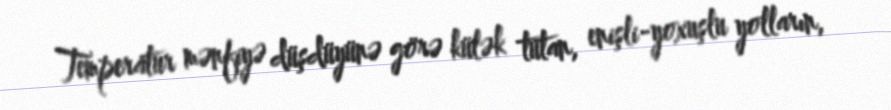
Temperatur mənfiyə düşdüyünə görə külək tutan, enişli-yoxuşlu yolların,